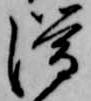
滞